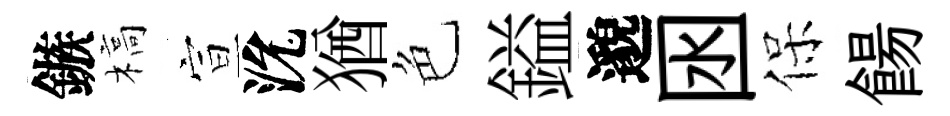
鏃槁宣沇猶色鎰邈囦保餳